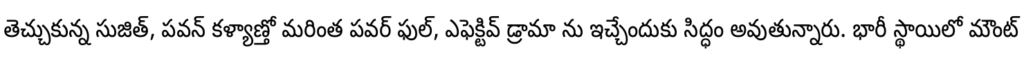
తెచ్చుకున్న సుజిత్, పవన్ కళ్యాణ్తో మరింత పవర్ ఫుల్, ఎఫెక్టివ్ డ్రామా ను ఇచ్చేందుకు సిద్ధం అవుతున్నారు. భారీ స్థాయిలో మౌంట్